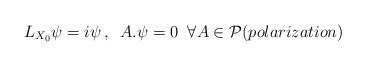
LaTeX: \begin{align*}L_{X_0}\psi=i\psi\,,\;\;A.\psi=0\;\; \forall A\in {\cal P} (polarization) \end{align*}